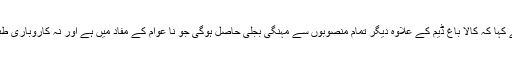
انہوں نے کہا کہ کالا باغ ڈیم کے علاوہ دیگر تمام منصوبوں سے مہنگی بجلی حاصل ہوگی جو نا عوام کے مفاد میں ہے اور نہ کاروباری طبقہ کے ۔